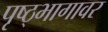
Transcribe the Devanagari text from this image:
पृष्ठ्भागावर